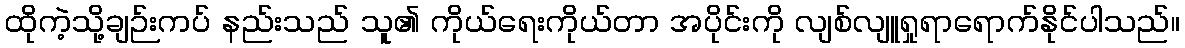
ထိုကဲ့သို့ချဉ်းကပ် နည်းသည် သူ၏ ကိုယ်ရေးကိုယ်တာ အပိုင်းကို လျစ်လျူရှုရာရောက်နိုင်ပါသည်။